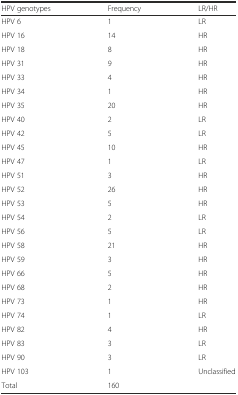
| HPV genotypes | Frequency | LR/HR |
 | --- | --- | --- |
 | HPV 6 | 1 | LR |
 | HPV 16 | 14 | HR |
 | HPV 18 | 8 | HR |
 | HPV 31 | 9 | HR |
 | HPV 33 | 4 | HR |
 | HPV 34 | 1 | HR |
 | HPV 35 | 20 | HR |
 | HPV 40 | 2 | LR |
 | HPV 42 | 5 | LR |
 | HPV 45 | 10 | HR |
 | HPV 47 | 1 | LR |
 | HPV 51 | 3 | HR |
 | HPV 52 | 26 | HR |
 | HPV 53 | 5 | HR |
 | HPV 54 | 2 | LR |
 | HPV 56 | 5 | LR |
 | HPV 58 | 21 | HR |
 | HPV 59 | 3 | HR |
 | HPV 66 | 5 | HR |
 | HPV 68 | 2 | HR |
 | HPV 73 | 1 | HR |
 | HPV 74 | 1 | LR |
 | HPV 82 | 4 | HR |
 | HPV 83 | 3 | LR |
 | HPV 90 | 3 | LR |
 | HPV 103 | 1 | Unclassified |
 | Total | 160 |  |